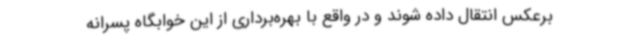
برعکس انتقال داده شوند و در واقع با بهره‌برداری از این خوابگاه پسرانه